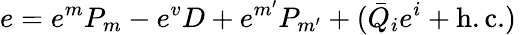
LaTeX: e=e^{m}P_{m}-e^{v}D+e^{m^{\prime}}P_{m^{\prime}}+(\bar{Q}_{i}e^{i}+\mathrm{h.c.})\,